Annual statistical returns and brief notes on vaccination in Bengal - 1887-1898
Year: 1887
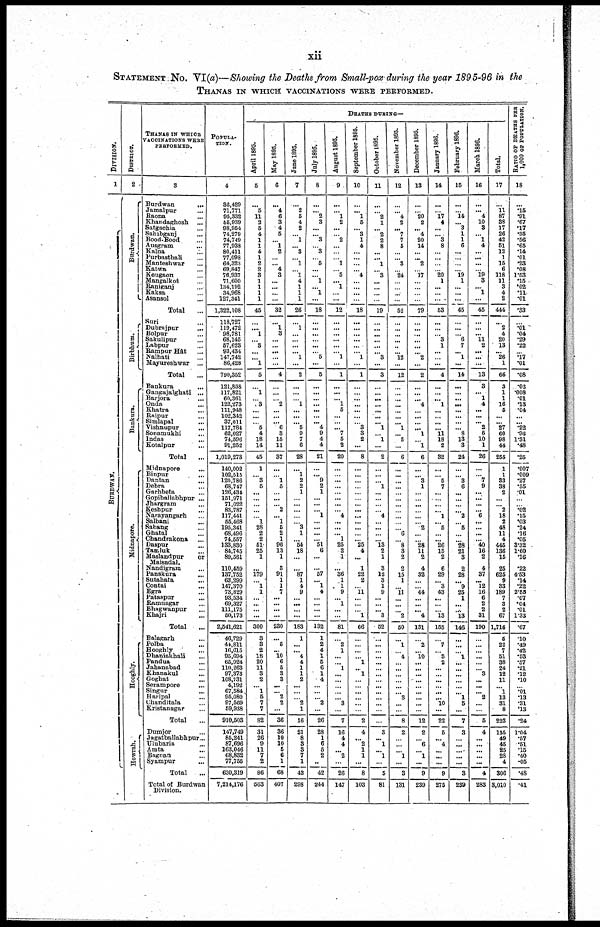
xii
STATEMENT No. VI(a)—Showing the Deaths from Small-pox during the year 1895-96 in the
THANAS IN WHICH VACCINATIONS WERE PERFORMED.
DIVISION.
1
BURDWAN.
DISTRICT.
2
Bur dwa n.
Bir bhum.
Bankur a.
Midna por e .
Hooghl y.
Howrah.
THANAS IN WHICH
VACCINATIONS WERE
PERFORMED.
3
Burdwan...
Jamalpur...
Raona...
Khandaghosh ...
Satgachia...
Sahibganj...
Bood-Bood...
Ausgram...
Kalna...
Purbasthali...
Manteshwar...
Katwa...
Keugaon...
Mangalkot...
Raniganj...
Kaksa...
Asansol...
Total...
Suri...
Dubrajpur...
Bolpur...
Sakulipur...
Labpur...
Rampur Hat...
Nalhati...
Mayureshwar ...
Total...
Bankura...
Gangajalghati...
Barjora...
Onda...
Khatra...
Raipur...
Simlapal...
Vishnupur...
Sonamukhi...
Indas...
Kotalpur...
Total...
Midnapore...
Binpur...
Dantan...
Debra...
Garhbeta...
Gopiballabhpur ...
Jhargram...
Keshpur...
Narayangarh...
Salbani...
Sabang...
Ghatal...
Chandrakona...
Daspur...
Tamluk...
Maslandpur
or
Maisadal.
Nandigram...
Panskura...
Sutahata...
Contai...
Egra...
Pataspur...
Ramnagar...
Bhagwanpur...
Khajri...
Total...
Balagarh...
Polba...
Hooghly...
Dhaniakhali...
Pandua...
Jahanabad...
Khanakul...
Goghat...
Serampore...
Singur...
Haripal...
Chanditala...
Kristanagar...
Total...
Dumjor...
Jagatballabhpur...
Ulubaria...
Amta...
Bagnan...
Syampur...
Total...
Total of Burdwan
Division.
POPULA-
TION.
4
36,429
71.771
95,332
55,939
98,964
74,279
74,749
77,938
80,411
77,098
64,323
69,847
76,937
71,600
134,192
34,968
127,341
1,322,108
118,727
119,472
98,781
68,145
57,623
93,434
147,742
86,428
790,352
121,858
117,821
60,361
122,273
111,948
102,342
37,011
117,784
62,027
74,596
91,252
1,019,273
140,002
102,515
120,786
68,747
126,434
151,971
71,022
83,787
117,441
55,468
195,341
68,496
74,557
133,830
84,745
89,561
110,459
137,752
63,299
147,370
73,829
93,534
69,327
111,175
50,173
2,541,621
46,729
44,811
16,615
95,694
65,924
110,263
97,373
108,731
4,192
67,584
95,080
97,569
59,938
910,503
147,749
85,241
87,696
163,046
68,832
77,755
630,319
7,214,176
DEATHS DURING—
April 1895.
5
...
5
11
2
5
4
1
1
4
1
2
2
3
1
1
1
1
45
...
...
...
...
3
...
...
1
5
...
1
...
3
...
...
...
5
4
18
14
45
1
... 3
5
...
...
... ...
...
1
28
2
2
51
25
1
...
179
... 1
1
...
...
...
...
300
3
3
2
18
20
11
3
2
...
1 5
7
7
82
31
26
9
11
7
2
86
563
May 1895.
6
...
4 6
3
4
5
... 1
2
...
... 4
3
...
...
...
...
32
...
1
3
...
...
...
...
...
4
...
...
...
2
...
...
... 6
3
15
11
37
...
...
1
5
...
...
...
2
...
1
5
2 1
96
13
1
3
91
1
1
7
...
...
...
...
230
...
5
...
10
6
5
8
3
... ...
2
2
...
36
36
10
10
5
6
1
68
407
June 1895.
7
...
2 5
4
2
... 1
... 3
... 1
... 1
4
1
1
1
26
...
1
...
...
...
... 1
...
2
...
...
...
1
...
...
... 5
9
7
6
28
...
1
2
2
1
...
...
...
...
... 3
1
... 54
18
...
...
87
1
4
9
...
...
...
...
183
1
...
...
4
4
1
1
2
... ...
... 2
1
16
21
8
3
3
7
1
43
298
July 1895.
8
...
... 2
3
...
... 3
... 3
... 5
...
... 1
... 1
...
18
...
...
...
...
...
...
5
...
5
...
...
...
...
...
...
... 4
9
4
4
21
...
... 9
2
1
...
...
...
1
...
...
...
... 51
6
...
...
57
... 1
4
...
...
...
...
132
1
2
4
1
5
6
1
4
... ...
... 2
...
26
28
1
6
6
2
...
42
244
August 1895.
9
...
... 1
2
...
... 2
...
...
... 1
... 5
... 1
...
...
12
...
...
...
...
...
...
1
...
1
...
...
...
1
5
...
...
... 7
5
2
20
...
...
...
...
...
...
...
...
4
...
...
...
1
25
2
1
... 36
1
1
9
... 1
...
...
81
...
2
1
...
... 1
...
...
... ...
...
3
...
7
16
4
4
...
2
...
26
147
September 1895.
10
...
... 1
5
... 3
1
4
...
...
...
... 4
...
...
...
...
18
...
...
...
...
...
...
1
...
1
...
...
...
...
...
...
... 3
3
2
...
8
...
...
...
...
...
...
...
...
...
...
...
...
... 25
4
...
1
22
2
...
11
...
...
...
1
66
...
...
...
...
1
...
1
...
...
...
...
...
...
2
4
... 2
1
1
...
8
103
October 1895.
11
...
... 2
1
... 2
2
8
...
... 1
... 3
...
...
...
...
19
...
...
...
...
... ...
3
...
3
...
...
...
...
...
...
...
1
...
1
...
2
...
...
... 1
...
...
...
...
4
...
...
...
...
13
2
1
3
12
3
1
9
...
...
... 3
52
...
...
...
...
...
...
...
...
... ...
...
...
...
...
3
... 1
...
1
...
5
81
November 1895.
12
...
... 4
2
... 7
7
5
...
... 3
... 24
...
...
...
...
52
...
...
...
... ...
... 12
...
12
...
...
...
...
...
...
... 1
... 5
...
6
...
...
...
... ...
...
... ...
...
...
...
6
...
8
3
2
2
15
1
...
11
...
...
...
2
50
...
1
...
4
...
...
...
...
... ...
3
...
...
8
2
...
...
...
1
...
3
131
December 1895.
13
...
... 20
2
... 4
20
14
...
... 2
... 17
...
...
...
...
79
...
...
...
...
...
...
2
...
2
...
...
...
4
...
...
...
...
1
...
1
6
...
...
3
1
...
...
... ...
... ...
2
...
...
28
11
2
4
32
...
...
44
...
...
... 4
131
...
2
...
10
...
...
...
...
... ...
...
...
...
12
2
...
6
...
1
...
9
239
January 1896.
14
...
... 17
4
...
... 3
8
...
...
...
... 20
1
...
...
...
53
...
...
...
3
1
...
...
...
4
...
...
...
1
...
...
...
... 11
18
2
32
...
...
5
7
...
...
... ...
1
...
5
...
...
26
15
2
6
29
... 3
43
...
...
... 13
155
...
7
...
3
2
...
...
...
... ...
...
10
...
22
5
... 4
...
...
...
9
275
February 1896.
15
...
... 14
... 3
1
1
6
...
...
...
... 19
1
...
...
...
45
...
...
...
6
7
... 1
...
14
...
...
...
...
...
...
...
... 8
13
3
24
...
...
3
6
...
...
... ...
2
...
5
...
...
28
21
3
2
28
...
9
25
1
...
...
13
146
...
... ...
1
...
...
...
...
... ...
1
5
...
7
3
...
...
...
...
...
3
239
March 1896.
16
...
... 4
10
3
... 1
4
...
...
...
... 19 3
... 1
...
45
...
...
...
11
2
...
...
...
13
3
...
1
4
...
...
... 2
5
10
1
26
...
...
7
9
... ...
...
...
6
...
...
...
... 40
16
2
4
37
...
12
16
6
2
2
31
190
...
... ...
...
...
...
3
...
... ...
2
...
...
5
4
...
...
...
...
...
4
283
Total.
17
...
11 87
38
17
26
42
51
12
1
15
6
118
11
3
4
2
444
...
2
4
20
13
... 26
1
66
3
1
1
16
5
...
...
27
60
98
44
255
1
1
33
38
2
...
...
2 18
2
48
11
4
445
136
15
25
625
9
33
189
7
3
2
67
1,716
5
22
7
51
38
24
12
11
...
1 13
31
8
223
155
49
45
25
28
4
306
3,010
RATIO OF DEATHS PER
1,000 OF POPULATION.
18
...
.15
.91
.67
.17
.35
.56
.65
.14
.01
.23
.08
1.53
.15
.02
.11
.01
.33
...
.01
.04
.29
.22
... .17
.01
.08
.03
.008
.01
.13
.04
...
...
.22
.96
1.31
.48
.25
.007
.009
.27
.55
.01
...
...
.02
.15
.03
.24
.16
.05
3.32
1.60
.16
.22
4.53
.14
.22
2.55
.07
.04
.01
1.33
.67
.10
.49
.42
.53
.57
.21
.12
.10
...
.01 .13
.31
.13
.24
1.04
.57
.51
.15
.40
.05
.48
.41